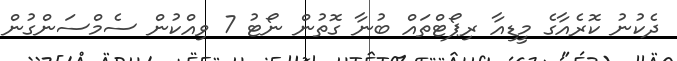
ދެކުނު ކޮރެއާގެ މީޑިއާ ރިޕޯޓްތައް ބުނާ ގޮތުން ނޯޓު 7 ވިއްކުން ސެމްސަންގުން